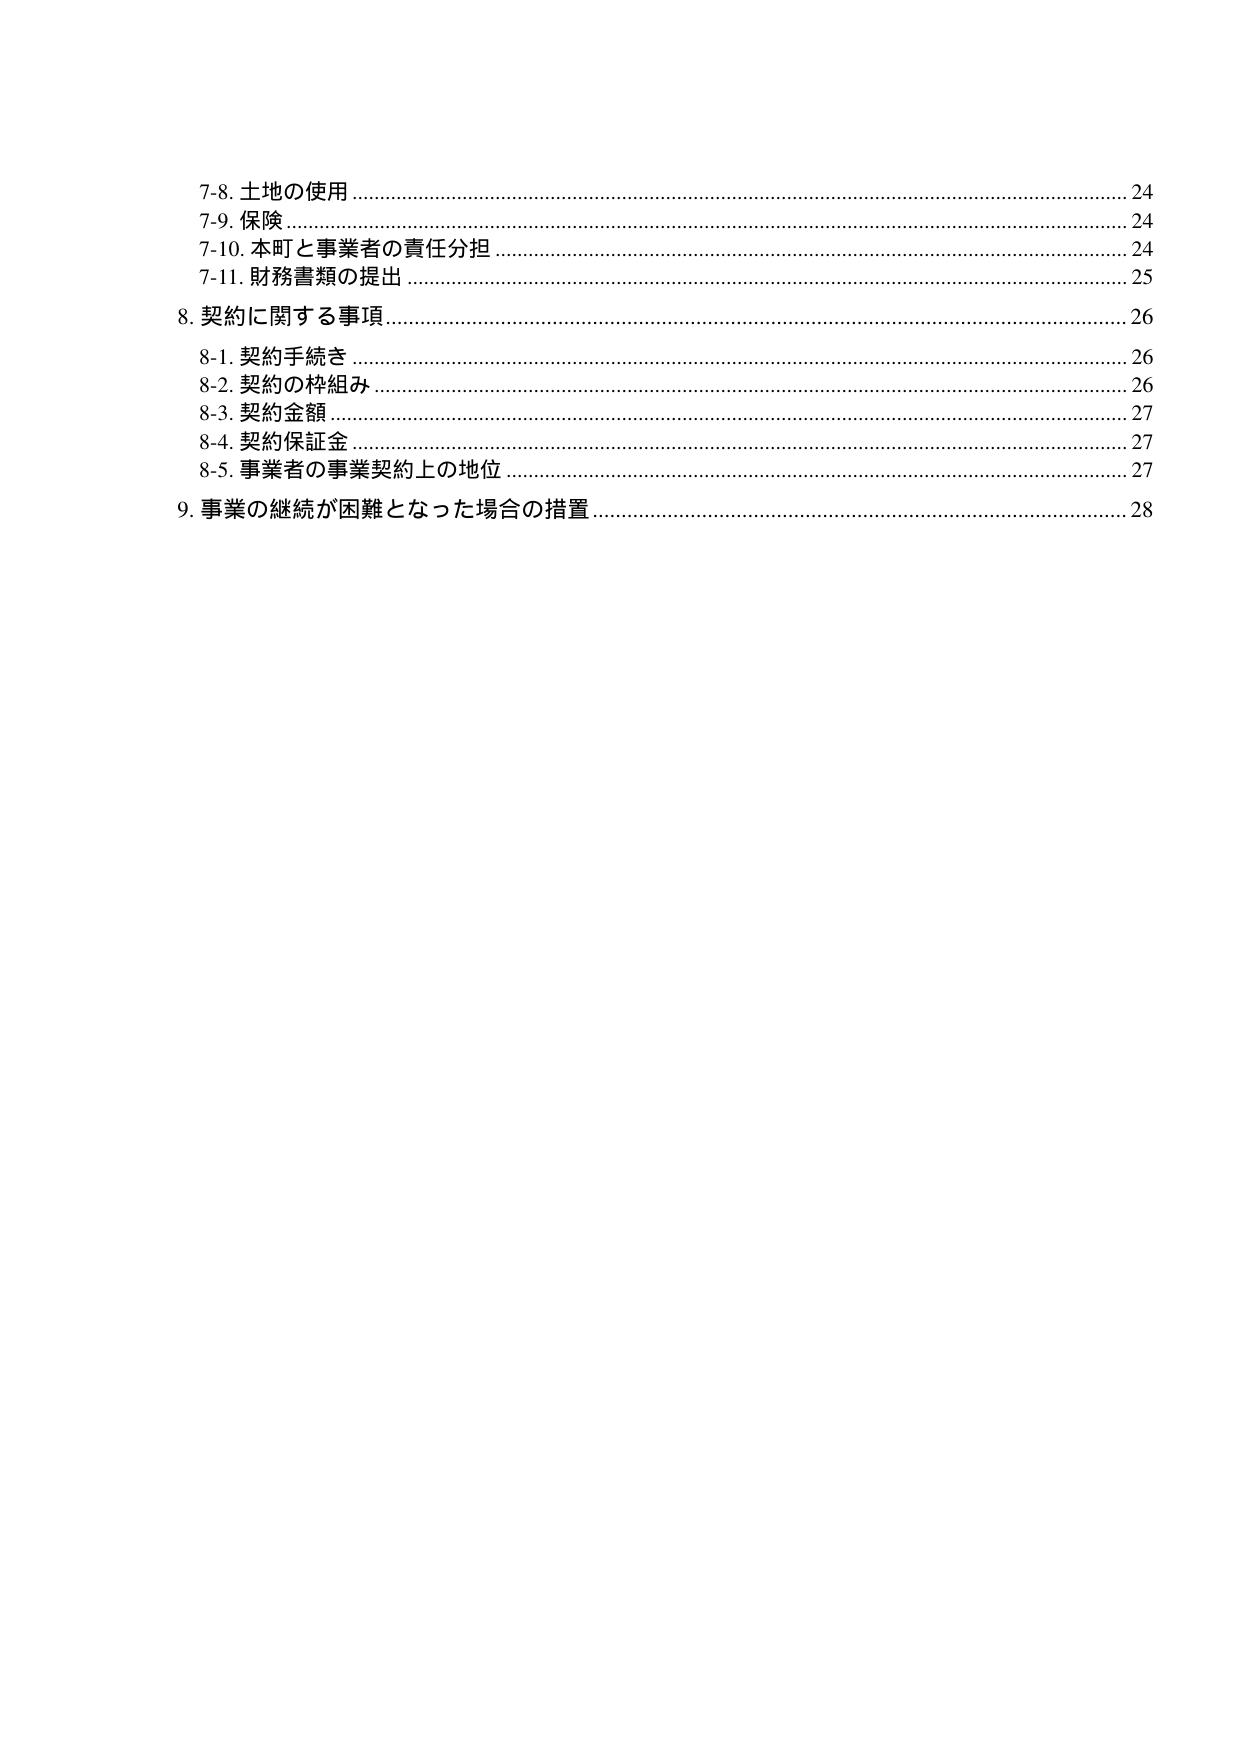
7-8. 土地の使用 …………………………………………………………………………………… 24
7-9. 保険 …………………………………………………………………………………………… 24
7-10. 本町と事業者の責任分担 ……………………………………………………………… 24
7-11. 財務書類の提出 …………………………………………………………………………… 25
8. 契約に関する事項 …………………………………………………………………………… 26
　8-1. 契約手続き ………………………………………………………………………………… 26
　8-2. 契約の枠組み …………………………………………………………………………… 26
　8-3. 契約金額 ………………………………………………………………………………… 27
　8-4. 契約保証金 ……………………………………………………………………………… 27
　8-5. 事業者の事業契約上の地位 ………………………………………………………… 27
9. 事業の継続が困難となった場合の措置 ……………………………………………… 28